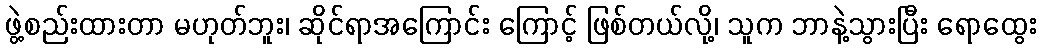
ဖွဲ့စည်းထားတာ မဟုတ်ဘူး၊ ဆိုင်ရာအကြောင်း ကြောင့် ဖြစ်တယ်လို့၊ သူက ဘာနဲ့သွားပြီး ရောထွေး